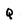
Character: q